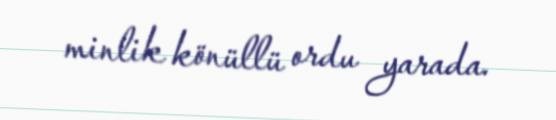
minlik könüllü ordu yarada.